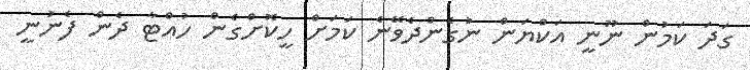
ގަދަ ކަމުން ނޫނީ އަކްޔަން ނުގެންދެވޭނެ ކަމަށް ހީކޮށްގެން ހުއްޓާ ދެން ފެނުނީ